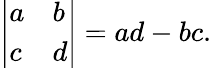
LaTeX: {\left|\begin{array}{ll}{a}&{b}\\ {c}&{d}\end{array}\right|}=ad-bc.